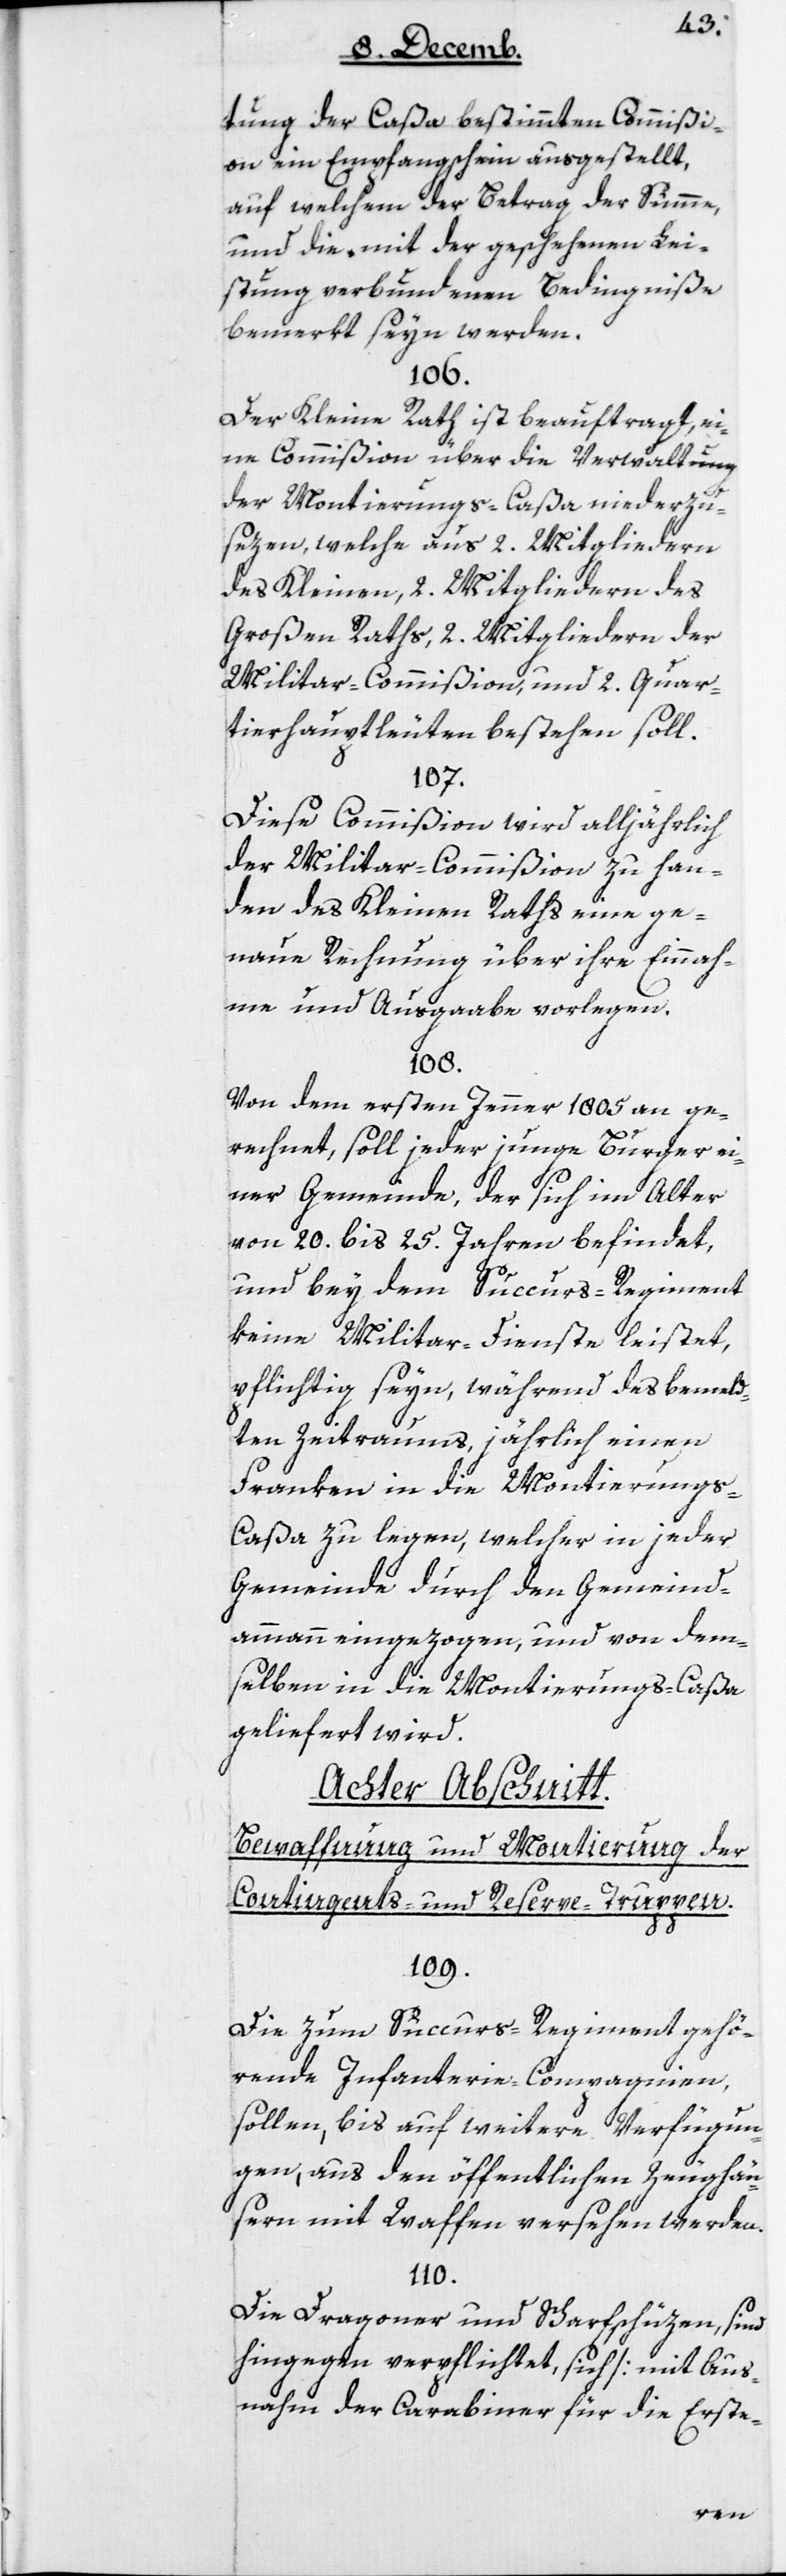
tung der Caßa bestimmten Commißi¬
on ein Empfangsschein ausgestellt,
auf welchem der Betrag der Summe,
und die mit der geschehenen Lei¬
stung verbundenen Bedingniße
bemerkt sein werden.
106.
Der Kleine Rath ist beauftragt ei¬
ne Commißion über die Verwaltung
der Montierungs-Caßa niederzu¬
sezen, welche aus 2 Mitgliedern
des Kleinen, 2 Mitgliedern des
Großen Raths, 2 Mitgliedern der
Militar-Commißion und 2 Quar¬
tierhauptleuten bestehen soll.
107.
Diese Commißion wird alljährlich
der Militar-Commißion zu Han¬
den des Kleinen Raths eine ge¬
naue Rechnung über ihre Einnah¬
me und Ausgaabe vorlegen.
108.
Von dem ersten Jenner 1805 an ge¬
rechnet, soll jeder junge Burger ei¬
ner Gemeinde, der sich im Alter
von 20 bis 25 Jahren befindet,
und bey dem Succurs-Regiment
keine Militar-Dienste leistet,
pflichtig seyn, während des bemeld¬
ten Zeitraums, jährlich einen
Franken in die Montierungs-C¬
aßa zu legen, welcher in jeder
Gemeinde durch den Gemeind¬
ammann eingezogen, und von dem¬
selben in die Montierungs-Caßa
geliefert wird.
Achter Abschnitt:
Bewaffnung und Montierung der
Contingents- und Reserve-Truppen.
109.
Die zum Succurs-Regiment gehö¬
rende Infanterie-Compagnien,
sollen, bis auf weitere Verfügun¬
gen, aus den öffentlichen Zeughäu¬
sern mit Waffen versehen werden.
110.
Die Dragoner und Scharfschüzen, sind
hingegen verpflichtet, sich [mit Aus¬
nahme der Carabiner für die Erste-